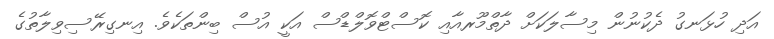
އަދި ހުޅަނގު ދެކުނުން މިސާލަކަށް ދާތްމޫރއާއި ކޮސްޓްވޮލްޑްސް އަކީ އުސް ބިންތަކެވެ. އިނގިރޭސިވިލާތުގެ